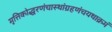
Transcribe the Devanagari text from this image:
मृत्तिकोद्धरणंचास्थांग्रहणंचयथाक्रमं